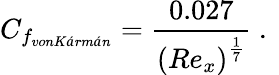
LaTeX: C_{f_{vonKármán}}=\frac{0.027}{\left(Re_{x}\right)^{\frac{1}{7}}}\mathrm{~.~}